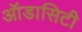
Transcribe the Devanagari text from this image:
ऑडासिटी